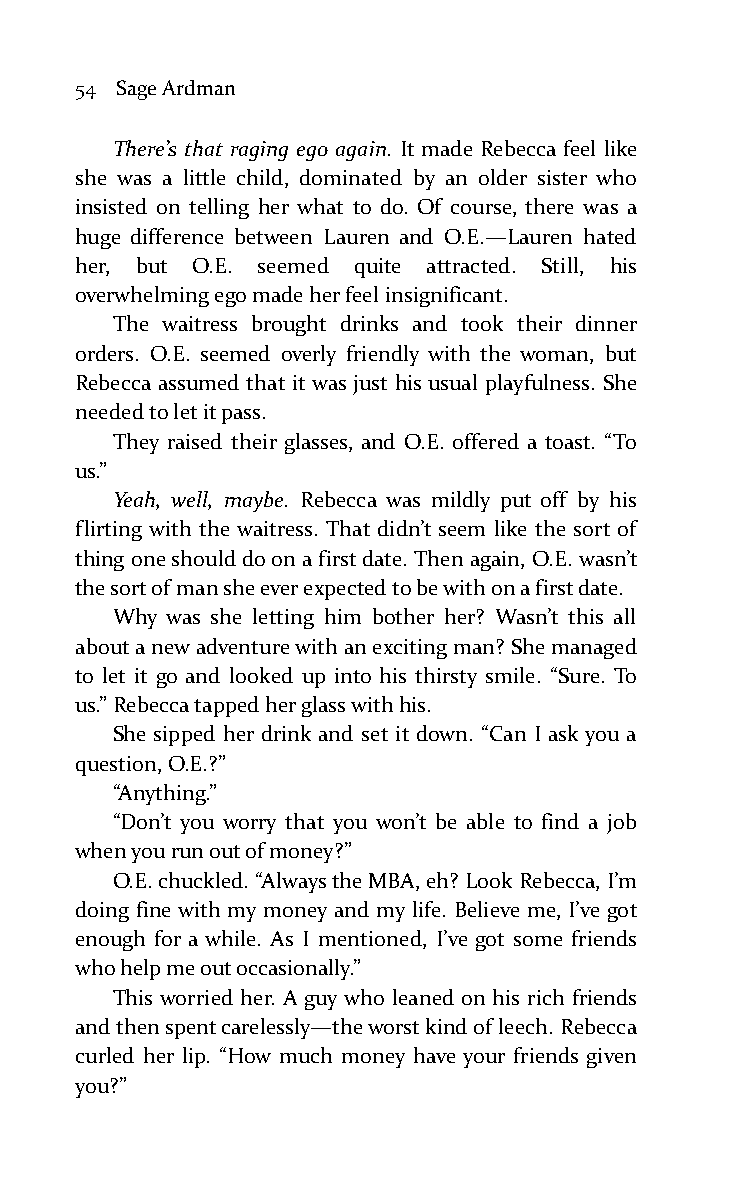
54 Sage Ardman
 There’s that raging ego again. It made Rebecca feel like
 she was a little child, dominated by an older sister who
 insisted on telling her what to do. Of course, there was a
 huge difference between Lauren and O.E.—Lauren hated
 her, but O.E. seemed quite attracted. Still, his
 overwhelming ego made her feel insignificant.
 The waitress brought drinks and took their dinner
 orders. O.E. seemed overly friendly with the woman, but
 Rebecca assumed that it was just his usual playfulness. She
 needed to let it pass.
 They raised their glasses, and O.E. offered a toast. “To
 us.”
 Yeah, well, maybe. Rebecca was mildly put off by his
 flirting with the waitress. That didn’t seem like the sort of
 thing one should do on a first date. Then again, O.E. wasn’t
 the sort of man she ever expected to be with on a first date.
 Why was she letting him bother her? Wasn’t this all
 about a new adventure with an exciting man? She managed
 to let it go and looked up into his thirsty smile. “Sure. To
 us.” Rebecca tapped her glass with his.
 She sipped her drink and set it down. “Can I ask you a
 question, O.E.?”
 “Anything.”
 “Don’t you worry that you won’t be able to find a job
 when you run out of money?”
 O.E. chuckled. “Always the MBA, eh? Look Rebecca, I’m
 doing fine with my money and my life. Believe me, I’ve got
 enough for a while. As I mentioned, I’ve got some friends
 who help me out occasionally.”
 This worried her. A guy who leaned on his rich friends
 and then spent carelessly—the worst kind of leech. Rebecca
 curled her lip. “How much money have your friends given
 you?”